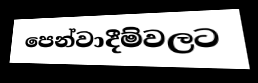
පෙන්වාදීම්වලට